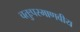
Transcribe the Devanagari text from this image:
चतुःपरमाणवीय